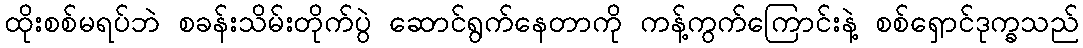
ထိုးစစ်မရပ်ဘဲ စခန်းသိမ်းတိုက်ပွဲ ဆောင်ရွက်နေတာကို ကန့်ကွက်ကြောင်းနဲ့ စစ်ရှောင်ဒုက္ခသည်